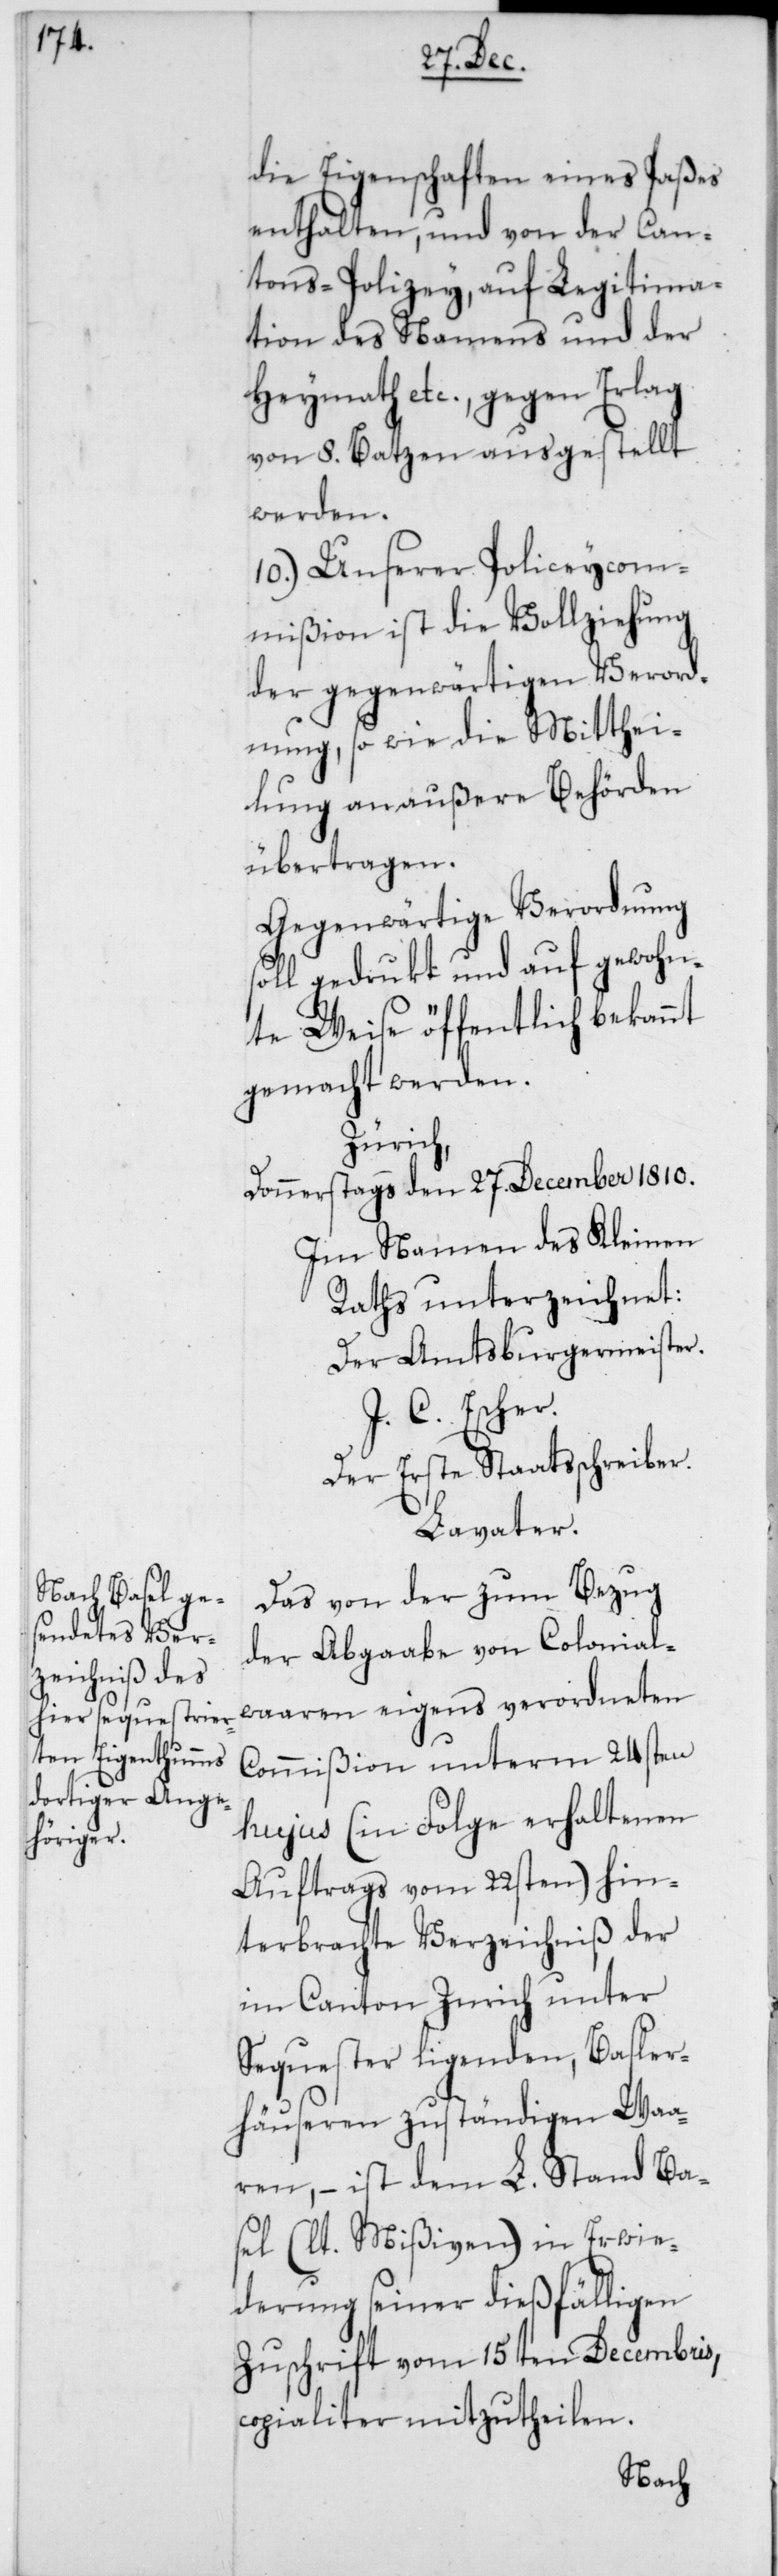
die Eigenschaften eines Paßes
enthalten, und von der Can¬
tons-Polizey, auf Legitima¬
tion des Namens und der
Heymath etc., gegen Erlag
von 8. Batzen ausgestellt
werden.
10.) Unserer Polizeycom¬
mißion ist die Vollziehung
der gegenwärtigen Verord¬
nung so wie die Mitthei¬
lung an außere Behörden
übertragen.
Gegenwärtige Verordnung
gedrukt und auf gewohn¬
te Weise öffentlich bekannt
gemacht werden.
Zürich,
Donnerstags den 27. December 1810.
Im Namen des Kleinen
Raths unterzeichnet:
Der Amtsburgermeister.
J. C. Escher.
Der erste Staatsschreiber.
Lavater.
Das von der zum Bezug
der Abgaabe von Colonial¬
waaren eigens verordneten
Commißion unterm 24sten
hujus (in Folge erhaltenen
Auftrags vom 22sten) hin¬
terbrachte Verzeichniß der
im Canton Zürich unter
Sequester liegenden, Basler
Häuseren zuständigen Waa¬
ren, – ist dem L. Stand Ba¬
sel (lt. Mißiven) in Erwie¬
derung seiner dießfälligen
Zuschrift vom 15ten Decembris,
copialiter mitzutheilen.